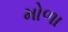
મોળા